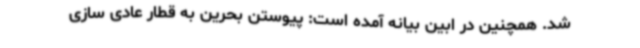
شد. همچنین در ابین بیانه آمده است: پیوستن بحرین به قطار عادی سازی